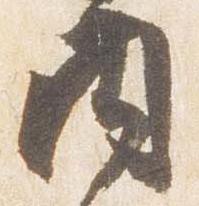
内